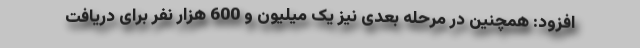
افزود: همچنین در مرحله بعدی نیز یک میلیون و 600 هزار نفر برای دریافت